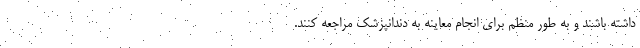
داشته باشند و به طور منظم برای انجام معاینه به دندانپزشک مراجعه کنند.